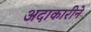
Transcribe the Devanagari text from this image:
अदाकारीने